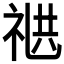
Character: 𬒸